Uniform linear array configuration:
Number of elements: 24
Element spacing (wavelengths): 0.75
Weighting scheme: cosine
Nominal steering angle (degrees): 45
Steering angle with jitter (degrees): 45.745
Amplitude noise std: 0.05
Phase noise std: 0.05

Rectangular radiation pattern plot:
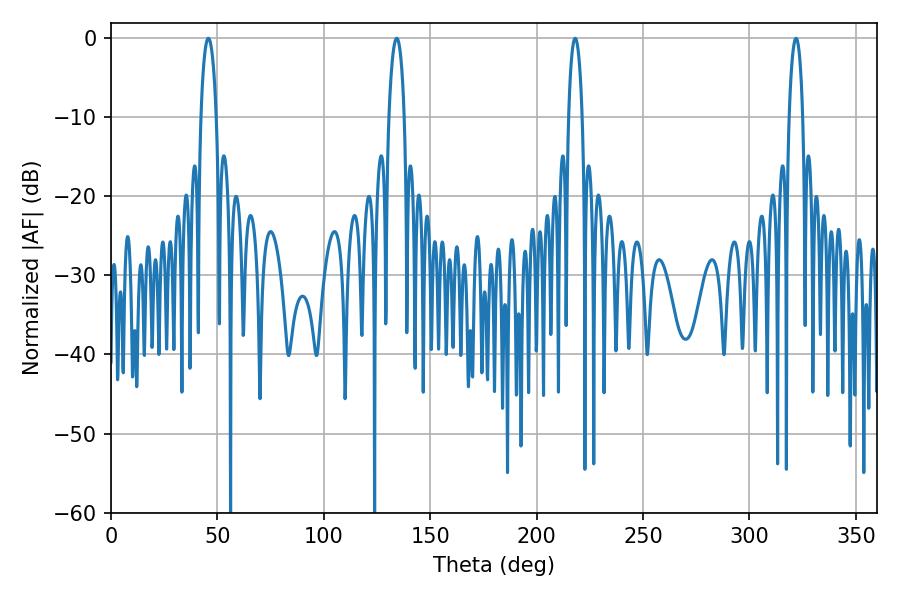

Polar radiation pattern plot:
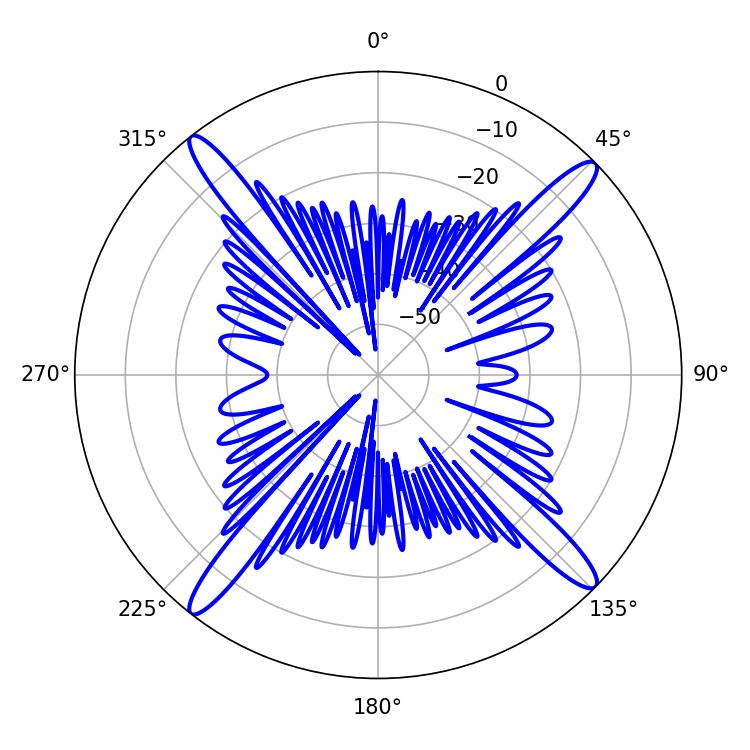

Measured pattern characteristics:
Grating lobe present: TRUE
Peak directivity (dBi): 18.652
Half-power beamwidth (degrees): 4.14
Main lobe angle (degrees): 45.72